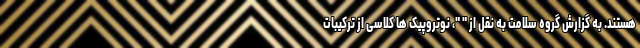
هستند. به گزارش گروه سلامت به نقل از " "، نوتروپیک ها کلاسی از ترکیبات